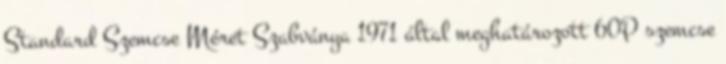
Standard Szemcse Méret Szabványa 1971 által meghatározott 60P szemcse